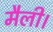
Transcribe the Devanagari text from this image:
मैली।